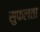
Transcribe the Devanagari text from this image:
सुफलता